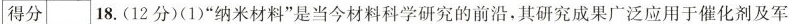
得分 18.(12分)(1)”纳米材料”是当今材料科学研究的前沿，其研究成果广泛应用于催化剂及军